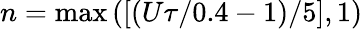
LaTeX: n=\operatorname*{max}\left([(U\tau/0.4-1)/5],1\right)